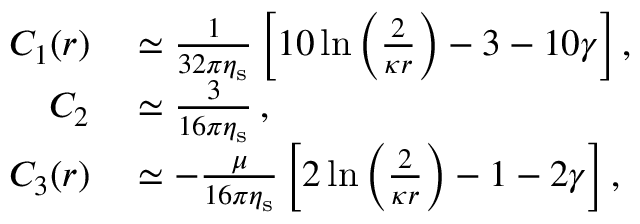
\begin{array} { r l } { C _ { 1 } ( r ) } & { { } \simeq \frac { 1 } { 3 2 \pi \eta _ { \mathrm { s } } } \left[ 1 0 \ln \left( \frac { 2 } { \kappa r } \right) - 3 - 1 0 \gamma \right] , } \\ { C _ { 2 } } & { { } \simeq \frac { 3 } { 1 6 \pi \eta _ { \mathrm { s } } } \, , } \\ { C _ { 3 } ( r ) } & { { } \simeq - \frac { \mu } { 1 6 \pi \eta _ { \mathrm { s } } } \left[ 2 \ln \left( \frac { 2 } { \kappa r } \right) - 1 - 2 \gamma \right] , } \end{array}